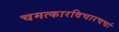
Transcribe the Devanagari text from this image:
चमत्कारविचारचर्चा